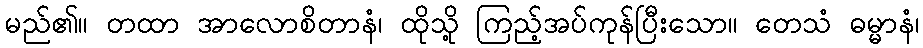
မည်၏။ တထာ အာလောစိတာနံ၊ ထိုသို့ ကြည့်အပ်ကုန်ပြီးသော။ တေသံ ဓမ္မာနံ၊